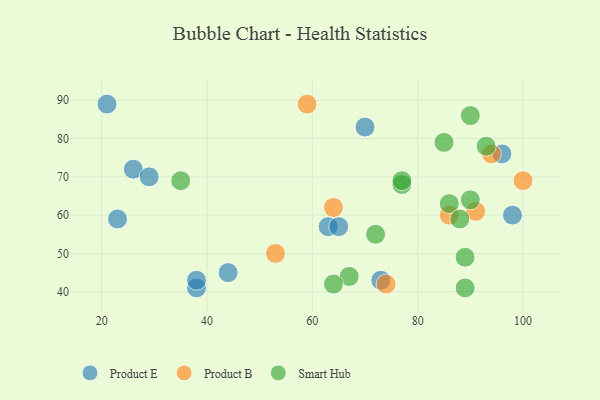
{"axis": {"x": "GDP", "y": "Life Expectancy"}, "legend": ["Product B", "Product E", "Smart Hub"], "data": [{"x": "70", "y": 83, "type": "Product E"}, {"x": "38", "y": 41, "type": "Product E"}, {"x": "63", "y": 57, "type": "Product E"}, {"x": "26", "y": 72, "type": "Product E"}, {"x": "44", "y": 45, "type": "Product E"}, {"x": "73", "y": 43, "type": "Product E"}, {"x": "96", "y": 76, "type": "Product E"}, {"x": "98", "y": 60, "type": "Product E"}, {"x": "65", "y": 57, "type": "Product E"}, {"x": "29", "y": 70, "type": "Product E"}, {"x": "21", "y": 89, "type": "Product E"}, {"x": "38", "y": 43, "type": "Product E"}, {"x": "23", "y": 59, "type": "Product E"}, {"x": "64", "y": 62, "type": "Product B"}, {"x": "91", "y": 61, "type": "Product B"}, {"x": "74", "y": 42, "type": "Product B"}, {"x": "53", "y": 50, "type": "Product B"}, {"x": "94", "y": 76, "type": "Product B"}, {"x": "86", "y": 60, "type": "Product B"}, {"x": "100", "y": 69, "type": "Product B"}, {"x": "59", "y": 89, "type": "Product B"}, {"x": "93", "y": 78, "type": "Smart Hub"}, {"x": "89", "y": 49, "type": "Smart Hub"}, {"x": "77", "y": 68, "type": "Smart Hub"}, {"x": "90", "y": 86, "type": "Smart Hub"}, {"x": "67", "y": 44, "type": "Smart Hub"}, {"x": "85", "y": 79, "type": "Smart Hub"}, {"x": "86", "y": 63, "type": "Smart Hub"}, {"x": "72", "y": 55, "type": "Smart Hub"}, {"x": "77", "y": 69, "type": "Smart Hub"}, {"x": "35", "y": 69, "type": "Smart Hub"}, {"x": "89", "y": 41, "type": "Smart Hub"}, {"x": "90", "y": 64, "type": "Smart Hub"}, {"x": "88", "y": 59, "type": "Smart Hub"}, {"x": "64", "y": 42, "type": "Smart Hub"}]}